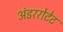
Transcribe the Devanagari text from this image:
अंडररोटेट